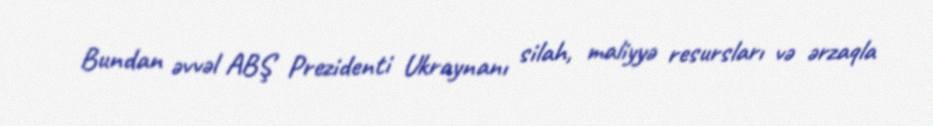
Bundan əvvəl ABŞ Prezidenti Ukraynanı silah, maliyyə resursları və ərzaqla